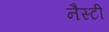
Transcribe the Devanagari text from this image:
नैस्टी